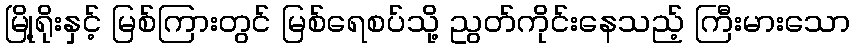
မြို့ရိုးနှင့် မြစ်ကြားတွင် မြစ်ရေစပ်သို့ ညွတ်ကိုင်းနေသည့် ကြီးမားသော